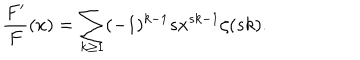
LaTeX: \frac { F ^ { \prime } } { F } ( x ) = \sum _ { k \ge 1 } ( - 1 ) ^ { k - 1 } s x ^ { s k - 1 } \zeta ( s k ) .